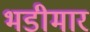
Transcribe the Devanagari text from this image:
भडीमार